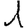
Digit: 1